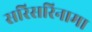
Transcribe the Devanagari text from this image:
सरिसरिनामा